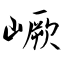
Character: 嶥